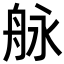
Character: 𦨬